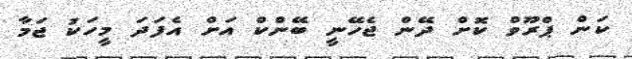
ކަން ޕްރޫވް ކޮށް ދޭން ޖެހޭނީ ބޭންކް އަށް އެފަދަ މީހަކު ޖަމާ